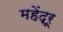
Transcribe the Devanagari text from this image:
महेंद्रू